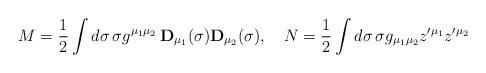
LaTeX: \begin{align*}M={\frac 12}\int d\sigma \,\sigma g^{\mu _1\mu _2}\,{\bf D}_{\mu _1}(\sigma ){\bf D}_{\mu _2}(\sigma ),\quad N={\frac 12}\int d\sigma \,\sigma g_{\mu_1\mu _2}z^{\prime \mu _1}z^{\prime \mu _2}\end{align*}